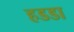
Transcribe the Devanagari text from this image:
हडडा